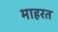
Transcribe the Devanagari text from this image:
माहरत